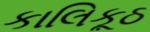
કાલિકૂઠ